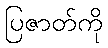
ပြဇာတ်ကို